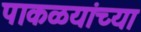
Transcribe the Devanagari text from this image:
पाकळयांच्या